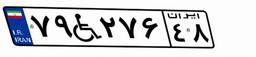
۷۹W۲۷۶۴۸